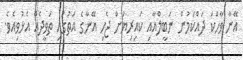
އޭނާ ވާހަކަ ދައްކަމުން ނަބީލްއާއި ކައިރިޔަށް ޖެހި އޭނާގެ އަތުގައި ތަވީދެއް އެޅުވިއެވެ.